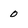
Character: 0